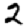
Digit: 2